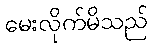
မေးလိုက်မိသည်